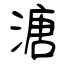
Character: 溏